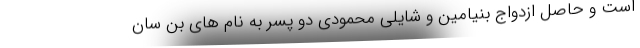
است و حاصل ازدواج بنیامین و شایلی محمودی دو پسر به نام های بن سان